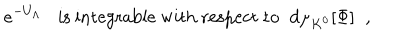
LaTeX: e ^ { - U _ { \Lambda } } \mathrm { i s ~ i n t e g r a b l e ~ w i t h ~ r e s p e c t ~ t o } \; \; d \mu _ { K ^ { 0 } } [ \Phi ] \; \; ,